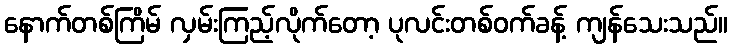
နောက်တစ်ကြိမ် လှမ်းကြည့်လိုက်တော့ ပုလင်းတစ်ဝက်ခန့် ကျန်သေးသည်။